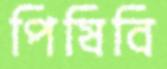
পিষিবি